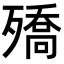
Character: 𭮡